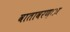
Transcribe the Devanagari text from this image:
वातावरण्ा